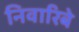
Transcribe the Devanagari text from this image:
निवारिबे